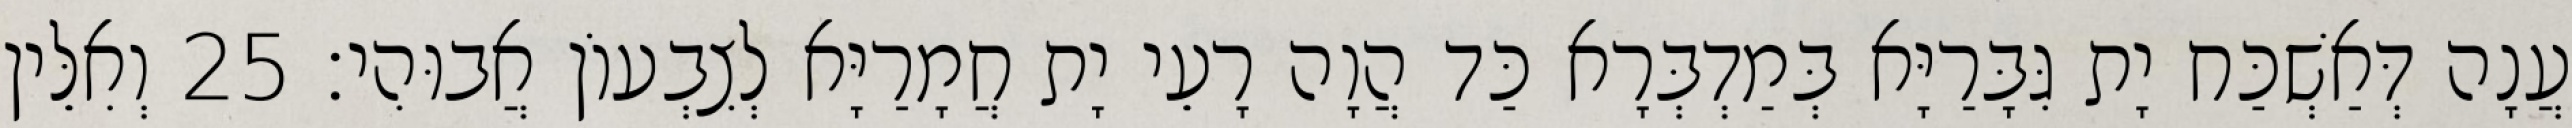
עֲנָה דְּאַשְׁכַּח יָת גִּבָּרַיָּא בְּמַדְבְּרָא כַּד הֲוָה רָעֵי יָת חֲמָרַיָּא לְצִבְעוֹן אֲבוּהִי׃ 25 וְאִלֵּין